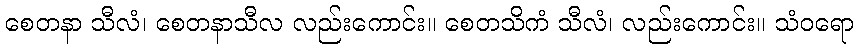
စေတနာ သီလံ၊ စေတနာသီလ လည်းကောင်း။ စေတသိကံ သီလံ၊ လည်းကောင်း။ သံဝရော